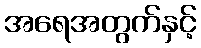
အရေအတွက်နှင့်